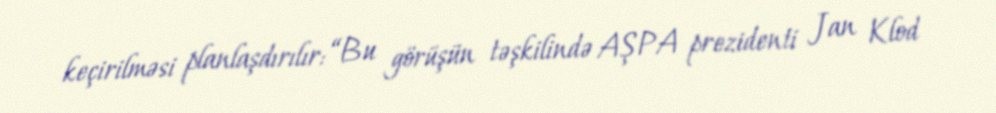
keçirilməsi planlaşdırılır: “Bu görüşün təşkilində AŞPA prezidenti Jan Klod